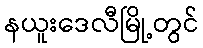
နယူးဒေလီမြို့တွင်